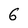
Character: 6